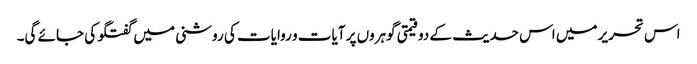
اس تحریر میں اس حدیث کے دو قیمتی گوہروں پر آیات و روایات کی روشنی میں گفتگو کی جائے گی۔